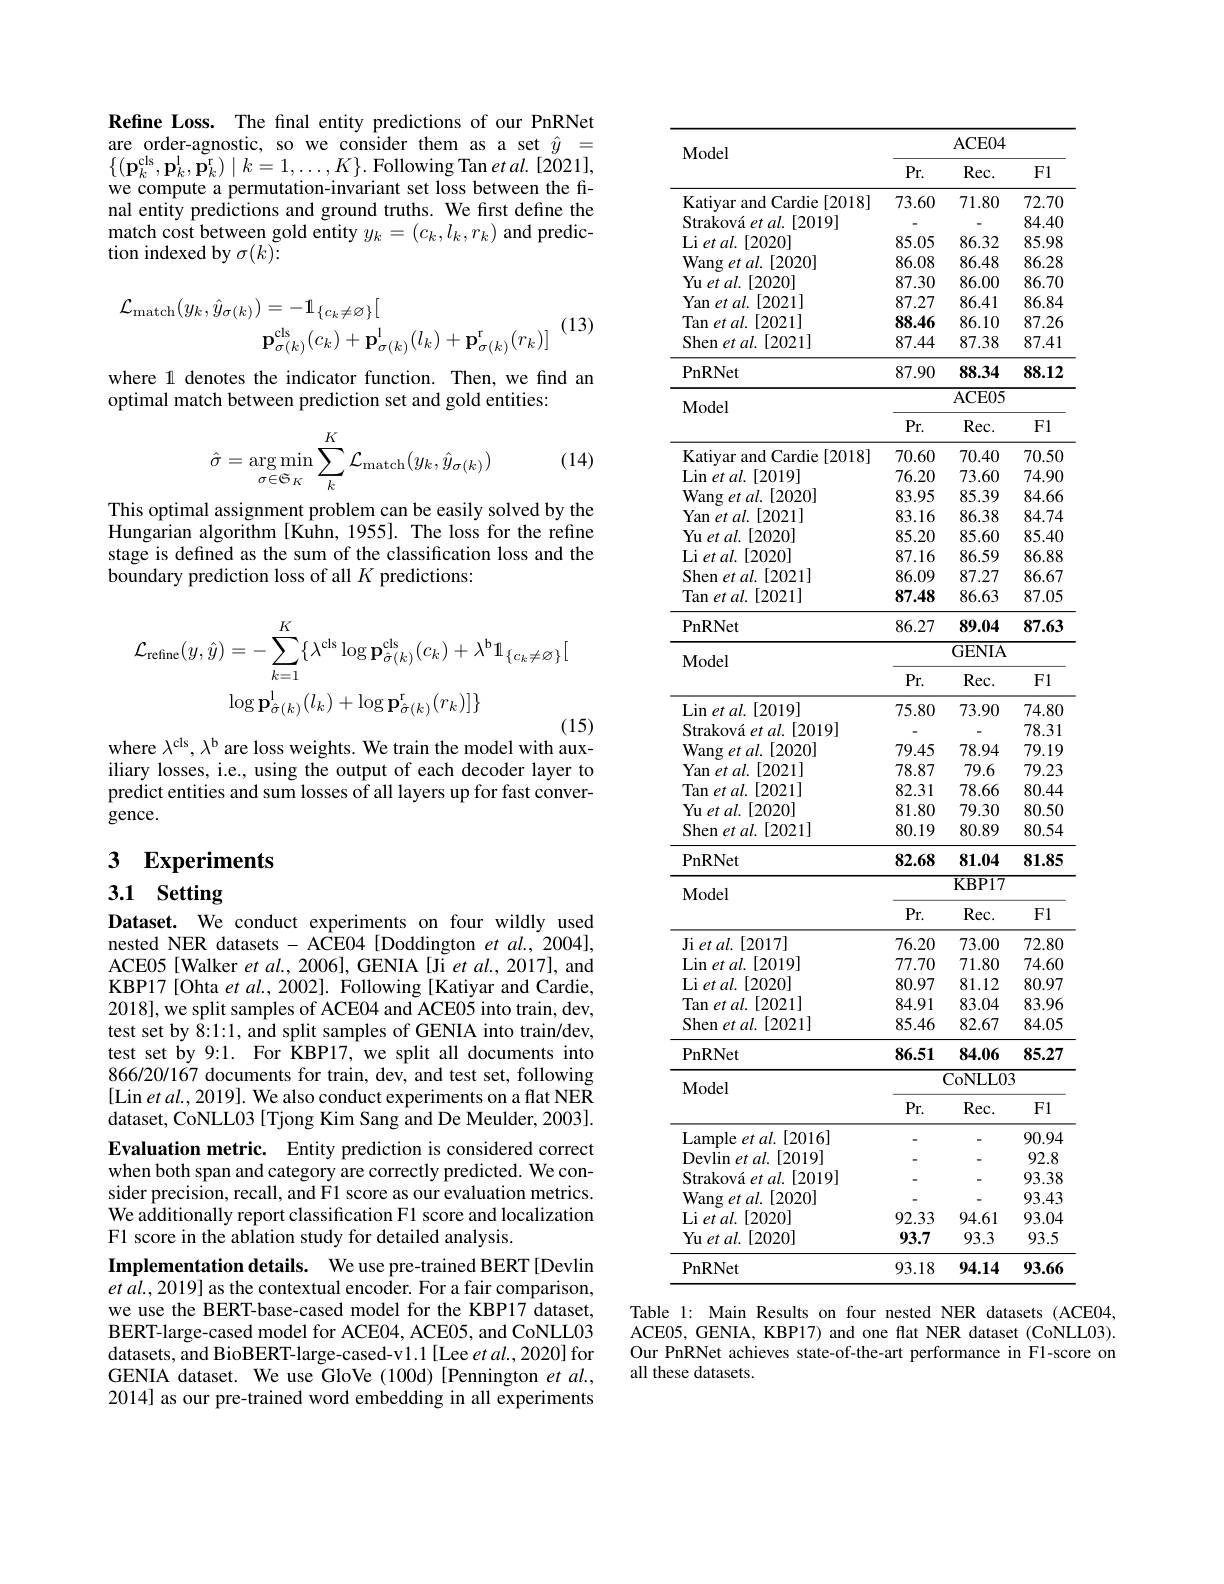
Refine Loss. The final entity predictions of our PnRNet are order-agnostic, so we consider them as a set $\hat{y}=$ $\{(\mathbf{p}_{k}^{\mathrm{cls}},\mathbf{p}_{k}^{\mathrm{l}},\mathbf{\tilde{p}}_{k}^{\mathrm{r}})\mid k=1,\ldots,K\}.$Following Tan et al.[2021], we compute a permutation-invariant set loss between the final entity predictions and ground truths. We first define the $\begin{array}{l}\text{match cost between gold entity }y_{k}=(c_{k},l_{k},r_{k})\text{ and predic-}\\\text{tion indexed by }\sigma(k):\end{array}$
$$\begin{aligned}\mathcal{L}_{\mathrm{match}}(y_{k},\hat{y}_{\sigma(k)})&=-\mathbf{1}_{\{c_{k}\neq\emptyset\}}\big[\\&\mathbf{p}_{\sigma(k)}^{\mathrm{cls}}(c_{k})+\mathbf{p}_{\sigma(k)}^{\mathrm{l}}(l_{k})+\mathbf{p}_{\sigma(k)}^{\mathrm{r}}(r_{k})\big]\end{aligned}$$
(13)

where 1 denotes the indicator function. Then, we find an
optimal match between prediction set and gold entities:
$$\hat{\sigma}=\underset{\sigma\in\mathfrak{S}}{\arg\min}\sum\limits_{k}^{K}\mathcal{L}_{\mathrm{match}}(y_{k},\hat{y}_{\sigma(k)})$$
(14)

This optimal assignment problem can be easily solved by the Hungarian algorithm[Kuhn, 1955]. The loss for the refine stage is defined as the sum of the classification loss and the boundary prediction loss of all $K$ predictions:
$$\begin{aligned}\mathcal{L}_{\mathrm{refine}}(y,\hat{y})&=-\sum_{k=1}^{K}\{\lambda^{\mathrm{cls}}\log\mathbf{p}_{\hat{\sigma}(k)}^{\mathrm{cls}}(c_{k})+\lambda^{\mathrm{b}}\mathbb{1}_{\{c_{k}\neq\varnothing\}}[\\&\log\mathbf{p}_{\hat{\sigma}(k)}^{\mathrm{l}}(l_{k})+\log\mathbf{p}_{\hat{\sigma}(k)}^{\mathrm{r}}(r_{k})]\}\end{aligned}$$
where $\lambda^\mathrm{cls},\lambda^\mathrm{b}$ are loss weights. We train the model with aux-

iliary losses, i.e., using the output of each decoder layer to predict entities and sum losses of all layers up for fast convergence.

# 3 Experiments

## 3.1 Setting

Dataset. We conduct experiments on four wildly used nested NER datasets - ACE04 [Doddington et al., 2004], ACE05[Walker et al., 2006], GENIA [Ji et al., 2017], and KBP17[Ohta et $al.,2002].$ Following [Katiyar and Cardie, 2018], we split samples of ACE04 and ACE05 into train, dev, test set by $\hat{8}{:}1{:}1$, and split samples of GENIA into train/dev, test set by 9:1. For KBP17, we split all documents into $866/20/1\dot{6}7$ documents for train, dev, and test set, following [Lin et al., 2019]. We also conduct experiments on a flat NER dataset, CoNLL03 [Tjong Kim Sang and De Meulder, 2003]. Evaluation metric. Entity prediction is considered correct when both span and category are correctly predicted. We consider precision, recall, and F1 score as our evaluation metrics. We additionally report classification F1 score and localization F1 score in the ablation study for detailed analysis.
Implementation details. We use pre-trained BERT[Devlin $etal.,2019]$ as the contextual encoder. For a fair comparison, we use the BERT-base-cased model for the KBP17 dataset, BERT-large-cased model for ACE04, ACE05, and CoNLL03 datasets, and BioBERT-large-cased-v1.1[Lee et al., 2020] for GENIA dataset. We use GloVe (100d)[Pennington et al., 2014] as our pre-trained word embedding in all experiments

<table>
	<tbody>
		<tr>
			<th rowspan="2">Model</th>
			<th colspan="3">ACE04</th>
		</tr>
		<tr>
			<th>$Pr.$</th>
			<th>$Rec.$</th>
			<th>F1</th>
		</tr>
		<tr>
			<td>Katiyar and Cardie [2018]</td>
			<td>73.60</td>
			<td>71.80</td>
			<td>72.70</td>
		</tr>
		<tr>
			<td>Straková et al. [2019]</td>
			<td>-</td>
			<td> </td>
			<td>84.40</td>
		</tr>
		<tr>
			<td>Li et al. [2020]</td>
			<td>85.05</td>
			<td>86.32</td>
			<td>85.98</td>
		</tr>
		<tr>
			<td>Wang et $al.$ [2020]</td>
			<td>86.08</td>
			<td>86.48</td>
			<td>86.28</td>
		</tr>
		<tr>
			<td>Yu et al. [2020]</td>
			<td>87.30</td>
			<td>86.00</td>
			<td>86.70</td>
		</tr>
		<tr>
			<td>[2021] Yan et al.</td>
			<td>87.27</td>
			<td>86.41</td>
			<td>86.84</td>
		</tr>
		<tr>
			<td>Tan et al. [2021]</td>
			<td>88.46</td>
			<td>86.10</td>
			<td>87.26</td>
		</tr>
		<tr>
			<td>Shen et al. [ 2021] </td>
			<td>87.44</td>
			<td>87.38</td>
			<td>87.41</td>
		</tr>
		<tr>
			<td>PnRNet</td>
			<td>87.90</td>
			<td>88.34</td>
			<td>88.12</td>
		</tr>
		<tr>
			<td rowspan="2">Model</td>
			<td> </td>
			<td>ACE05</td>
			<td> </td>
		</tr>
		<tr>
			<td>$Pr.$</td>
			<td>$Rec.$</td>
			<td>F1</td>
		</tr>
		<tr>
			<td>Kativar a and Cardie [2018]</td>
			<td>70 60</td>
			<td>70.40</td>
			<td> </td>
		</tr>
		<tr>
			<td>$\operatorname { Lin} \textit{et al. }[ 2019]$</td>
			<td>76.20</td>
			<td>73.60</td>
			<td>74.90</td>
		</tr>
		<tr>
			<td>$\mathbf{Wan}$ $al$ [2020]</td>
			<td> </td>
			<td> </td>
			<td> </td>
		</tr>
		<tr>
			<td>Yan et al. [2021]</td>
			<td>83.16</td>
			<td>86.38</td>
			<td>84.74</td>
		</tr>
		<tr>
			<td>Yu et al. [2020]</td>
			<td>85.20</td>
			<td>85.60</td>
			<td>85.40</td>
		</tr>
		<tr>
			<td>$J.$ i et al [ 2020] T</td>
			<td>$\psi_{W}\cdot\boldsymbol{h}\psi$</td>
			<td>$J\nu_{1}VW$</td>
			<td>1 $W$</td>
		</tr>
		<tr>
			<td>$\operatorname { Li} \textit{et al. }[$ [2020] </td>
			<td>87.16</td>
			<td>86.59</td>
			<td>86.88</td>
		</tr>
		<tr>
			<td>Shen et al. [ 2021] </td>
			<td>86.09</td>
			<td>87.27</td>
			<td>86.67</td>
		</tr>
		<tr>
			<td>Tan et al.[2021]</td>
			<td>87.48</td>
			<td>86.63</td>
			<td>87.05</td>
		</tr>
		<tr>
			<td>PnRNet</td>
			<td>86.27</td>
			<td>89.04</td>
			<td>87.63</td>
		</tr>
		<tr>
			<td rowspan="2">Model</td>
			<td colspan="3">GENIA</td>
		</tr>
		<tr>
			<td></td>
			<td></td>
			<td>$E1$</td>
		</tr>
		<tr>
			<td> </td>
			<td>$\Pr.$</td>
			<td>$Rec.$</td>
			<td>F1</td>
		</tr>
		<tr>
			<td>$\operatorname { Lin} \textit{et al. }[ 2019]$</td>
			<td>75.80</td>
			<td>73.90</td>
			<td>74.80</td>
		</tr>
		<tr>
			<td>Lin et al. [2019] 10</td>
			<td>/5.80</td>
			<td>$IS.90$</td>
			<td>/4.80</td>
		</tr>
		<tr>
			<td>Straková et $al.$ [2019]</td>
			<td>-</td>
			<td> </td>
			<td>78.31</td>
		</tr>
		<tr>
			<td>2 1 L $elu.[2019]$ $n1$</td>
			<td> </td>
			<td> </td>
			<td>0.21</td>
		</tr>
		<tr>
			<td>[2020] Wang et al. </td>
			<td>79.45</td>
			<td>78.94</td>
			<td>79.19</td>
		</tr>
		<tr>
			<td>2 $:u.[\angle0\angle0]$ 1</td>
			<td>/9.40</td>
			<td>/6.94</td>
			<td>$/9.1\%$</td>
		</tr>
		<tr>
			<td>[2021] Yan et al. 112</td>
			<td>78.87</td>
			<td>79.6</td>
			<td>79.23</td>
		</tr>
		<tr>
			<td>[2071]</td>
			<td>10.0 2 21</td>
			<td>$I.U$</td>
			<td>14 T $f$</td>
		</tr>
		<tr>
			<td>$\operatorname { lan} \textit{et al. }[ 2021]$</td>
			<td>$8\angle.5$</td>
			<td>$/\mathbf{x}.\mathbf{b}\mathbf{b}$</td>
			<td>80.44</td>
		</tr>
		<tr>
			<td>$\mathop{\mathrm{Yu~et~al.~[2020]}}$</td>
			<td>81.80</td>
			<td>79.30</td>
			<td>80.50</td>
		</tr>
		<tr>
			<td>Shen et al. [ 2021] </td>
			<td>80.19</td>
			<td>80.89</td>
			<td>80.54</td>
		</tr>
		<tr>
			<td> PnRNet</td>
			<td></td>
			<td>14 1</td>
			<td>X</td>
		</tr>
		<tr>
			<td>PnRNet</td>
			<td>$\boldsymbol{8}\boldsymbol{L}.\boldsymbol{0}\boldsymbol{8}$</td>
			<td>81.04 $D$ 17 1</td>
			<td>81.85</td>
		</tr>
		<tr>
			<td rowspan="1">Model</td>
			<td>Pr</td>
			<td></td>
			<td>$F1$</td>
		</tr>
		<tr>
			<td> </td>
			<td>$Pr.$</td>
			<td>Rec. </td>
			<td>$FI$</td>
		</tr>
		<tr>
			<td>$\operatorname { Lin} \textit{et al. }| 2019|$</td>
			<td>77.70</td>
			<td>71.80</td>
			<td>74.60</td>
		</tr>
		<tr>
			<td>[2020] $\begin{smallmatrix}{'}\\{1}\end{smallmatrix}$ 2t / 111</td>
			<td>T</td>
			<td>100 8 11 1</td>
			<td>10 1</td>
		</tr>
		<tr>
			<td>$-UJ$ $nn$ A1</td>
			<td>000.7</td>
			<td>$01.1\angle$</td>
			<td>000.7</td>
		</tr>
		<tr>
			<td>[2021] Tan et al.</td>
			<td>84.91</td>
			<td>83.04</td>
			<td>83.96</td>
		</tr>
		<tr>
			<td>$\operatorname { Shen} \textit{et al. [ 2021] }$</td>
			<td>85.46</td>
			<td>82.67</td>
			<td>84.05</td>
		</tr>
		<tr>
			<td>PnRNet</td>
			<td>86.51</td>
			<td>84.06</td>
			<td>85.27</td>
		</tr>
		<tr>
			<td>Model</td>
			<td colspan="3">$\mathbf{v}$ $\mathbf{V}\bullet\mathbf{V}$ CoNLL03</td>
		</tr>
		<tr>
			<td rowspan="1">Model</td>
			<td>$Pr.$</td>
			<td>$Rec.$</td>
			<td>F1</td>
		</tr>
		<tr>
			<td>Lample et al. [ 2016] </td>
			<td> </td>
			<td> </td>
			<td>90.94</td>
		</tr>
		<tr>
			<td>$\operatorname { Devlin} \textit{et al. }$ [2019]</td>
			<td>-</td>
			<td> </td>
			<td>92.8</td>
		</tr>
		<tr>
			<td>$l,[2019]$ Straková et al.</td>
			<td> </td>
			<td> </td>
			<td>93.38</td>
		</tr>
		<tr>
			<td>[2020] Wang et al.</td>
			<td> </td>
			<td> </td>
			<td>93.43</td>
		</tr>
		<tr>
			<td>Li et al. [2020] </td>
			<td>92.33</td>
			<td>94.61</td>
			<td>93.04</td>
		</tr>
		<tr>
			<td>Yu et al.[2020]</td>
			<td>93.7</td>
			<td>93.3</td>
			<td>93.5</td>
		</tr>
		<tr>
			<td>PnRNet</td>
			<td>93.18</td>
			<td>94.14</td>
			<td>93.66</td>
		</tr>
	</tbody>
</table>

Table 1: Main Results on four nested NER datasets (ACE04, ACE05, GENIA, KBP17) and one flat NER dataset (CoNLL03). Our PnRNet achieves state-of-the-art performance in F1-score on all these datasets.